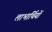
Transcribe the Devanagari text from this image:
लाभार्थियों